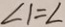
\angle 1 = \angle